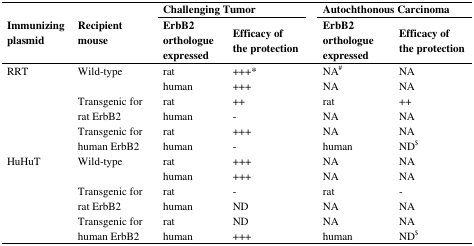
| <ROWSPAN=3> Immunizing plasmid | <ROWSPAN=3> Recipient mouse | <COLSPAN=2> Challenging Tumor | <COLSPAN=2> Autochthonous Carcinoma |
 | ErbB2 orthologue expressed | Efficacy of the protection | ErbB2 orthologue expressed | Efficacy of the protection |
 | --- | --- | --- | --- | --- | --- |
 | <ROWSPAN=6> RRT | Wild-type | rat | +++* | NA# | NA |
 |  | human | +++ | NA | NA |
 | <ROWSPAN=2> Transgenic for rat ErbB2 | rat | ++ | rat | ++ |
 | human | - | NA | NA |
 | <ROWSPAN=2> Transgenic for human ErbB2 | rat | +++ | NA | NA |
 | human | - | human | ND$ |
 | <ROWSPAN=6> HuHuT | Wild-type | rat | +++ | NA | NA |
 |  | human | +++ | NA | NA |
 | <ROWSPAN=2> Transgenic for rat ErbB2 | rat | - | rat | - |
 | human | ND | NA | NA |
 | <ROWSPAN=2> Transgenic for human ErbB2 | rat | ND | NA | NA |
 | human | +++ | human | ND$ |